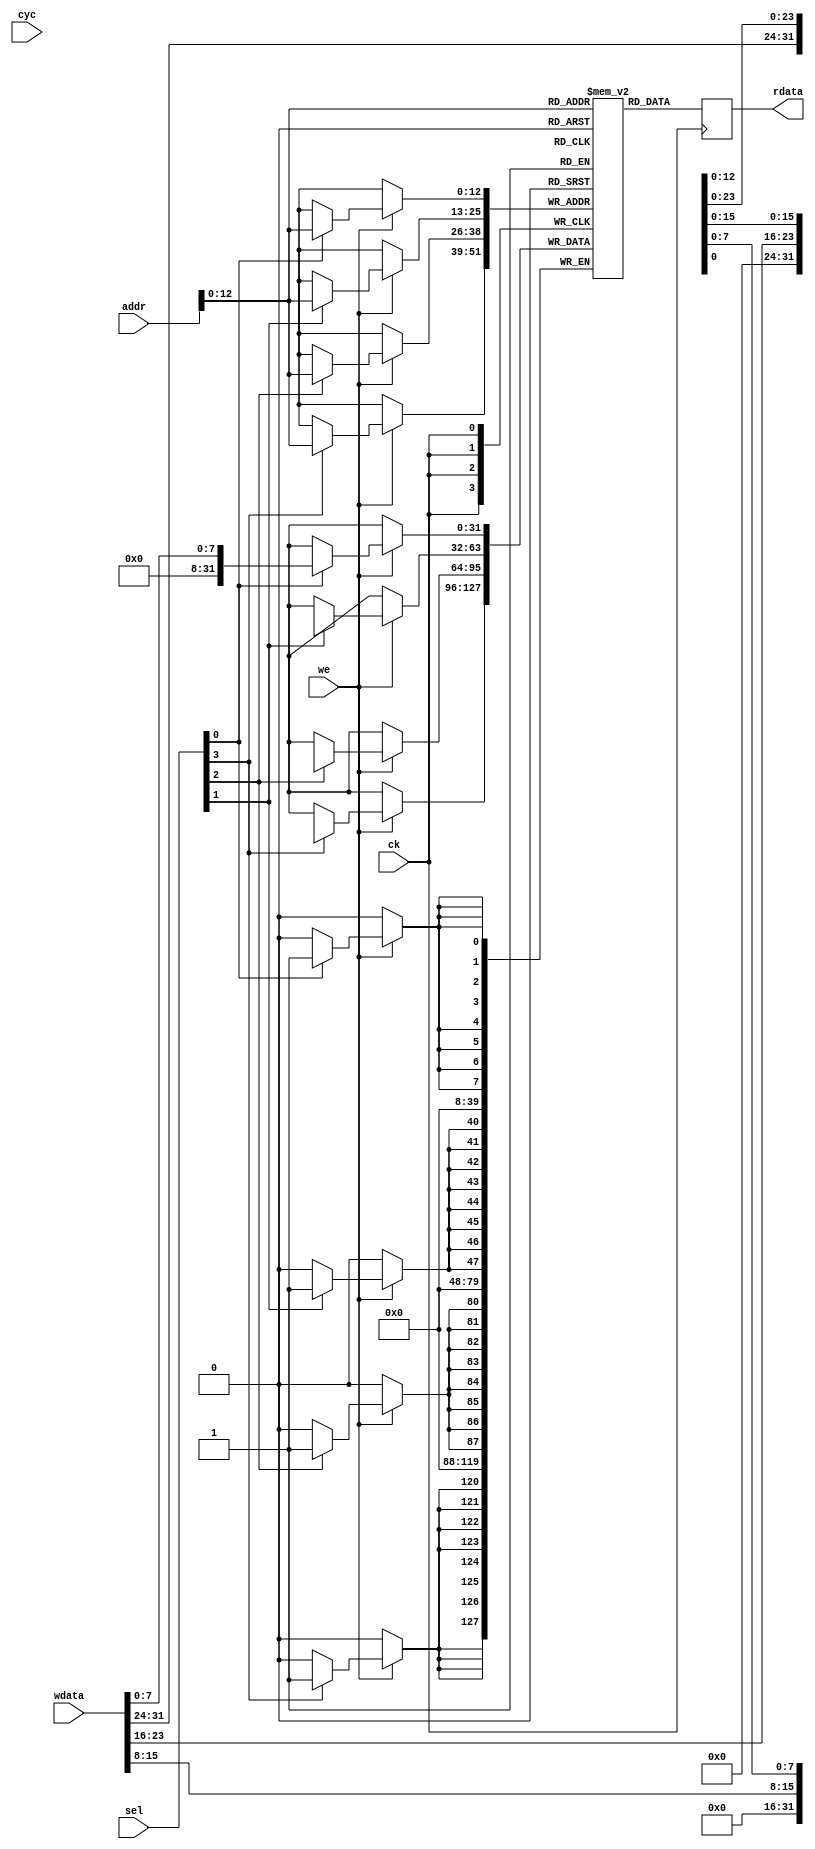
module sp_ram 
(   
    input wire ck,
    input wire cyc,
    input wire we,
    input wire [3:0] sel,
    /* verilator lint_off UNUSED */
    input wire [31:0] addr,
    /* verilator lint_on UNUSED */
    input wire [31:0] wdata,
    output wire [31:0] rdata
);

    parameter WORDS = 8 * 1024; // 32768;

    reg [31:0] mem [0:(WORDS-1)];

    always @(posedge ck) begin
        if (we) begin
            if (sel[0]) mem[addr][ 7: 0] <= wdata[ 7: 0];
            if (sel[1]) mem[addr][15: 8] <= wdata[15: 8];
            if (sel[2]) mem[addr][23:16] <= wdata[23:16];
            if (sel[3]) mem[addr][31:24] <= wdata[31:24];
        end
        rdata <= mem[addr];
    end

endmodule